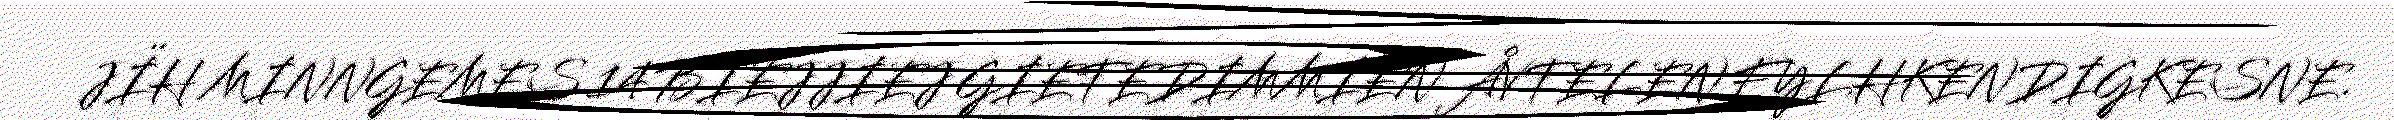
JÏH MINNGEMES 14 BIEJJIEJ GIETEDIMMIEN ÅVTELEN FYLHKENDIGKESNE.